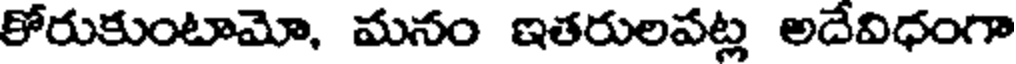
కోరుకుంటామో, మనం ఇతరులపట్ల అదేవిధంగా